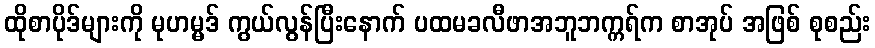
ထိုစာပိုဒ်များကို မုဟမ္မဒ် ကွယ်လွန်ပြီးနောက် ပထမခလီဖာအဘူဘက္ကရ်က စာအုပ် အဖြစ် စုစည်း